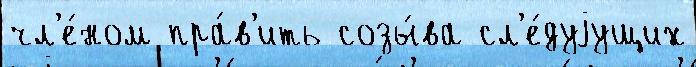
чл'е́ном пра́в'ить созы́ва сл'е́дуjущих